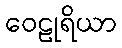
ဝေဠုရိယာ